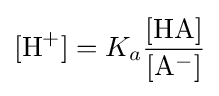
[{\ce {H+}}]=K_{a}{\ce {{\frac {[HA]}{[A^{-}]}}}}